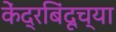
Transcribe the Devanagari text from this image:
केंद्रबिंदूच्या